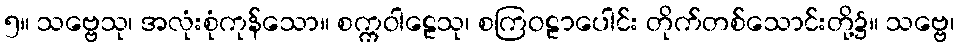
၅။ သဗ္ဗေသု၊ အလုံးစုံကုန်သော။ စက္ကဝါဠေသု၊ စကြဝဠာပေါင်း တိုက်တစ်သောင်းတို့၌။ သဗ္ဗေ၊